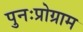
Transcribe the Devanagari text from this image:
पुनःप्रोग्राम